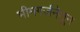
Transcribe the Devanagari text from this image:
भीमगर्जनेतून